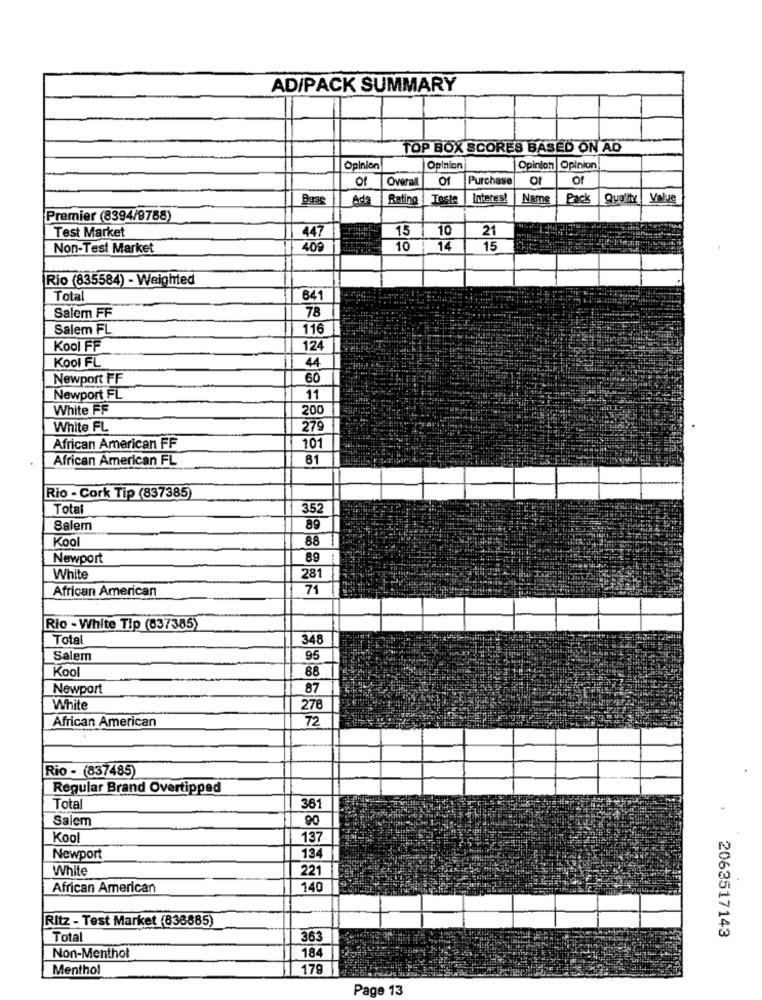
AD/PACK SUMMARY
TOP BOX SCORES BASED ON AD
Opinion
Opinion
Opinion
Opinion
of
Overall
Of
Purchase
O
of
Boas
Ada
Rating
Taste
Interes!
Name
Pack
Quality Value
Premier (8394/9788)
447
15
10
21
Test Market
Non-Test Market
40€
10
14
15
Rio (835584) - Weighted
Total
641
Salem FF
78
Salem FL
116
Kool FF
124
KOOI FL
44
Newport FF
60
Newport FL
11
White FF
200
White FL
279
African American FF
101
African American FL
81
Rio - Cork Tip (837385)
Total
352
Salem
89
Kool
88
Newport
89
White
281
African American
71
Rio - White Tip (837385)
Total
348
Salem
95
Kool
88
Newport
87
White
278
African American
72
Rio - (837485)
Regular Brand Overtipped
Total
381
Salem
90
Kool
137
Newport
134
White
221
African American
140
Ritz - Test Market (836885)
Total
363
2063517143
184
Non-Menthol
Menthol
179
Page 13